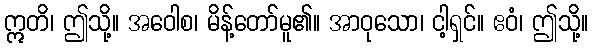
ဣတိ၊ ဤသို့။ အဝေါစ၊ မိန့်တော်မူ၏။ အာဝုသော၊ ငါ့ရှင်။ ဧဝံ၊ ဤသို့။